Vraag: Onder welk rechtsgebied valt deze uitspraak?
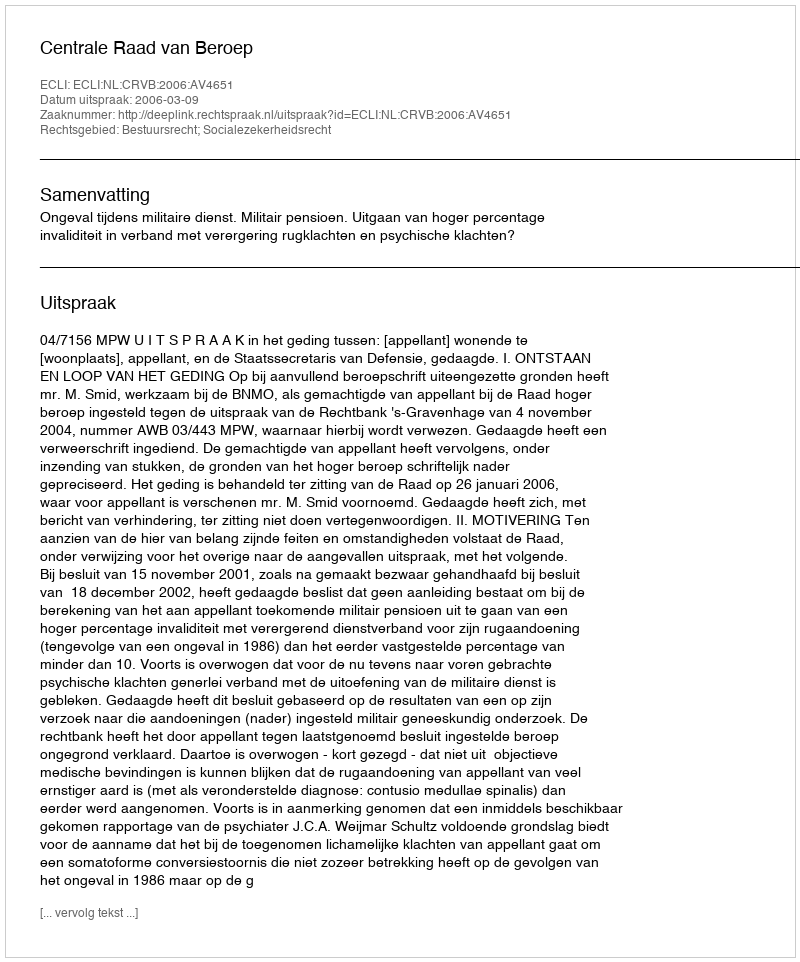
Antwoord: Bestuursrecht; Socialezekerheidsrecht